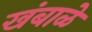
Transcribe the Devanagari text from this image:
खंबाळे